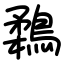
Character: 鶔